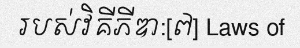
របស់វិគីភីឌា:[៧] Laws of